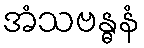
အံသဗန္ဓနံ